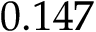
0 . 1 4 7